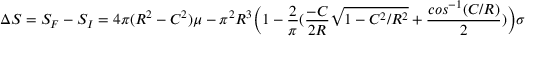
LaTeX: { \Delta } S = S _ { F } - S _ { I } = 4 { \pi } ( R ^ { 2 } - C ^ { 2 } ) { \mu } - { \pi } ^ { 2 } R ^ { 3 } \Big ( 1 - \frac { 2 } { \pi } ( \frac { - C } { 2 R } { \sqrt { 1 - C ^ { 2 } / R ^ { 2 } } } + \frac { c o s ^ { - 1 } ( C / R ) } { 2 } ) \Big ) { \sigma }